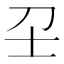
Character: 𡔛